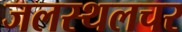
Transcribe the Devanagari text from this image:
जलस्थलचर